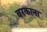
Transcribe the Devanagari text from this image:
बरकाना